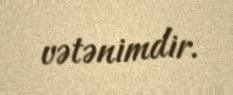
vətənimdir.